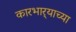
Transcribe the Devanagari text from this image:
कारभार्‍याच्या